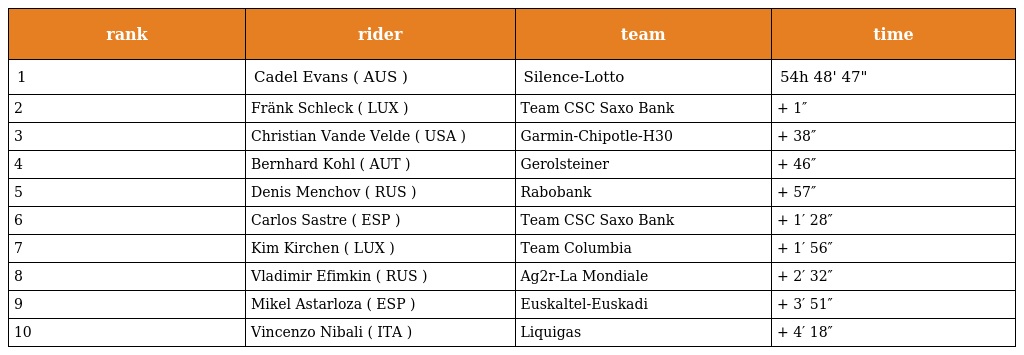
| rank | rider | team | time |
 | --- | --- | --- | --- |
 | 1 | Cadel Evans ( AUS ) | Silence-Lotto | 54h 48' 47" |
 | 2 | Fränk Schleck ( LUX ) | Team CSC Saxo Bank | + 1″ |
 | 3 | Christian Vande Velde ( USA ) | Garmin-Chipotle-H30 | + 38″ |
 | 4 | Bernhard Kohl ( AUT ) | Gerolsteiner | + 46″ |
 | 5 | Denis Menchov ( RUS ) | Rabobank | + 57″ |
 | 6 | Carlos Sastre ( ESP ) | Team CSC Saxo Bank | + 1′ 28″ |
 | 7 | Kim Kirchen ( LUX ) | Team Columbia | + 1′ 56″ |
 | 8 | Vladimir Efimkin ( RUS ) | Ag2r-La Mondiale | + 2′ 32″ |
 | 9 | Mikel Astarloza ( ESP ) | Euskaltel-Euskadi | + 3′ 51″ |
 | 10 | Vincenzo Nibali ( ITA ) | Liquigas | + 4′ 18″ |